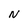
Character: N